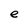
Character: e